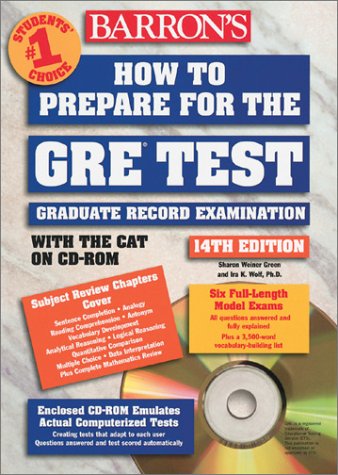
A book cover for How to Prepare for the GRE: Graduate Record Examination with CDROM (Barron's How to Prepare for the Gre Graduate Record Examination); Sharon Weiner Green; Test Preparation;